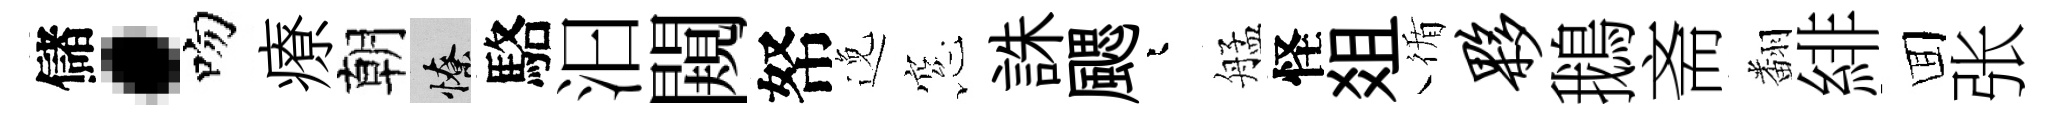
儲·吻療朝憭駱汩闚帑𨓜窓誅颸迢艋怪爼循夥鵝斋翻緋囬张